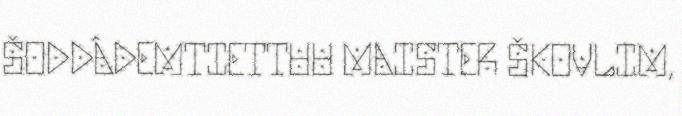
ŠODDÂDEMTIETTUU MAISTER ŠKOVLIM,